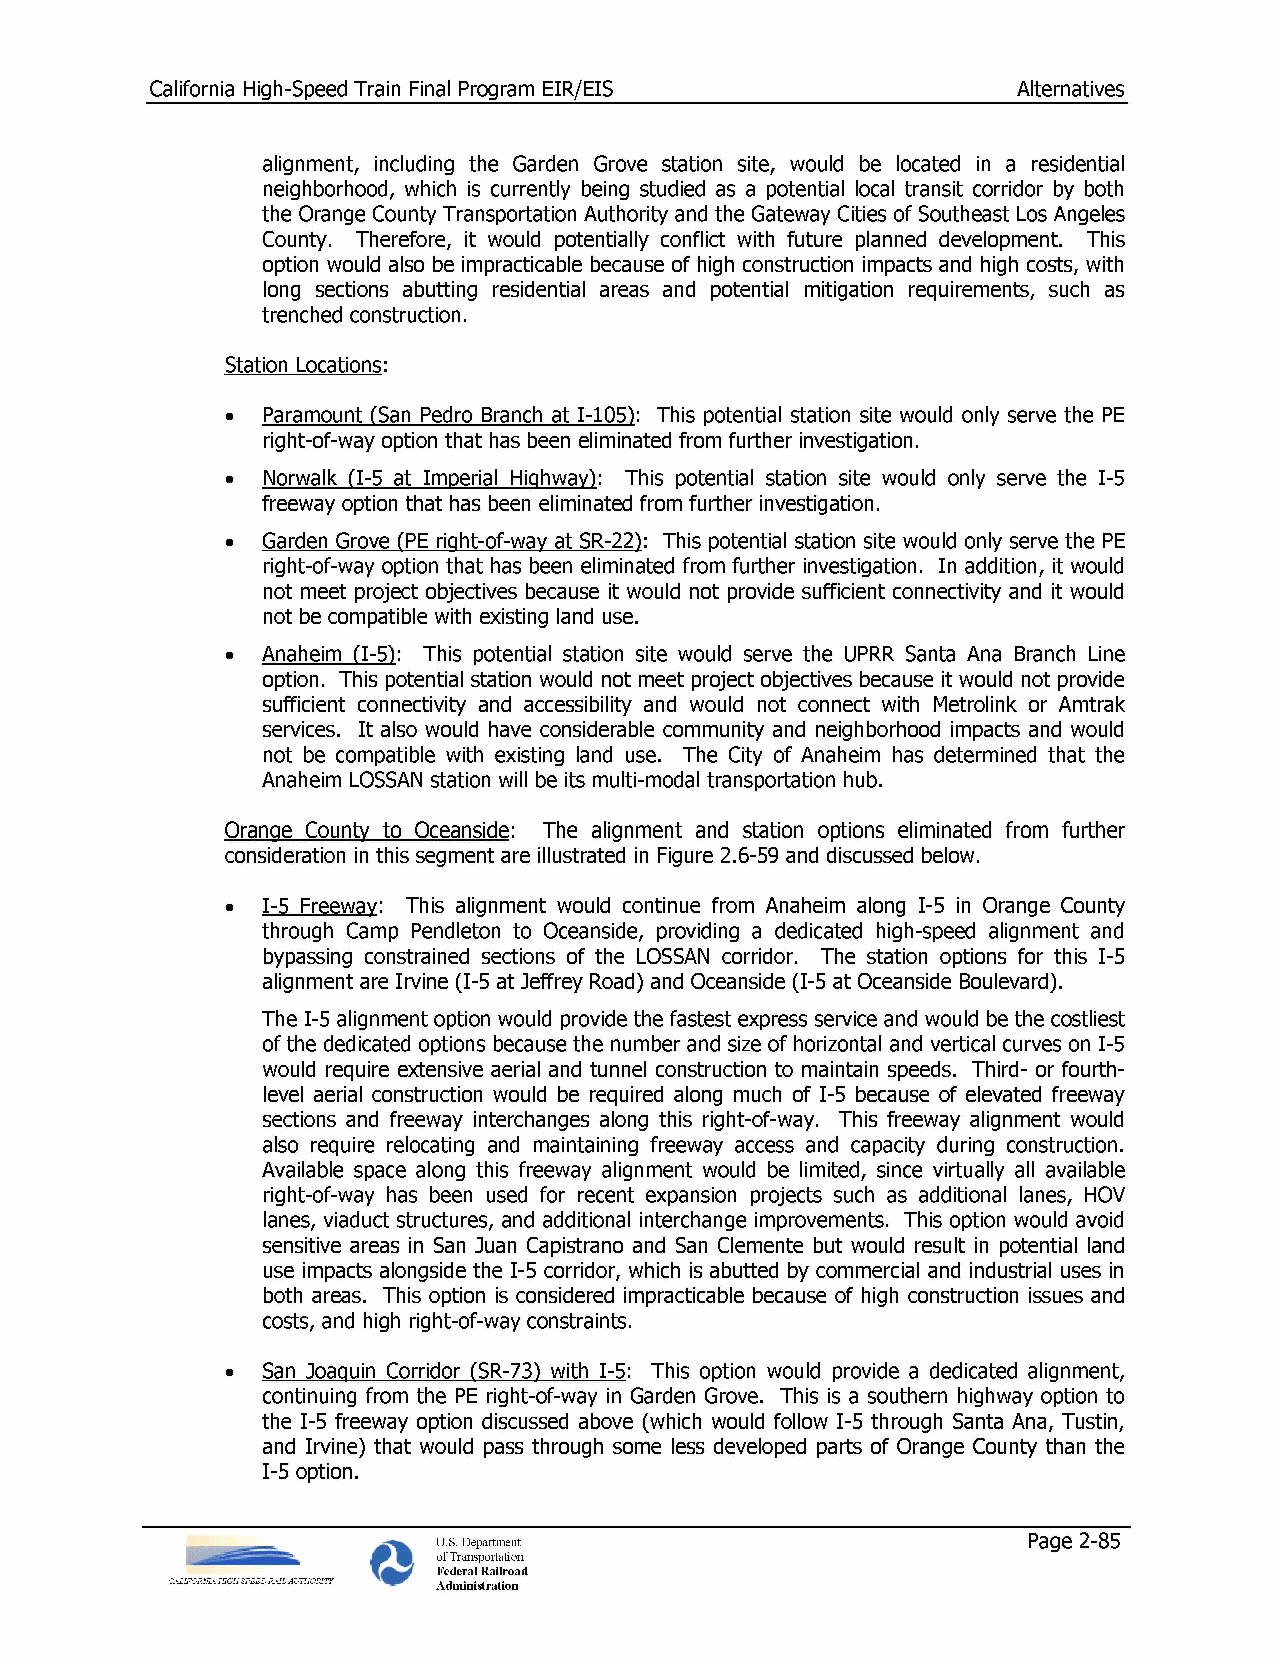
California High-Speed Train Final Program EIR/EIS        Alternatives
 alignment, including the Garden Grove station site, would be located in a residential
 neighborhood, which is currently being studied as a potential local transit corridor by both
 the Orange County Transportation Authority and the Gateway Cities of Southeast Los Angeles
 County. Therefore, it would potentially conflict with future planned development. This
 option would also be impracticable because of high construction impacts and high costs, with
 long sections abutting residential areas and potential mitigation requirements, such as
 trenched construction.
 Station Locations:
 • Paramount (San Pedro Branch at I-105): This potential station site would only serve the PE
 right-of-way option that has been eliminated from further investigation.
 • Norwalk (I-5 at Imperial Highway): This potential station site would only serve the I-5
 freeway option that has been eliminated from further investigation.
 • Garden Grove (PE right-of-way at SR-22): This potential station site would only serve the PE
 right-of-way option that has been eliminated from further investigation. In addition, it would
 not meet project objectives because it would not provide sufficient connectivity and it would
 not be compatible with existing land use.
 • Anaheim (I-5): This potential station site would serve the UPRR Santa Ana Branch Line
 option. This potential station would not meet project objectives because it would not provide
 sufficient connectivity and accessibility and would not connect with Metrolink or Amtrak
 services. It also would have considerable community and neighborhood impacts and would
 not be compatible with existing land use. The City of Anaheim has determined that the
 Anaheim LOSSAN station will be its multi-modal transportation hub.
 Orange County to Oceanside: The alignment and station options eliminated from further
 consideration in this segment are illustrated in Figure 2.6-59 and discussed below.
 • I-5 Freeway: This alignment would continue from Anaheim along I-5 in Orange County
 through Camp Pendleton to Oceanside, providing a dedicated high-speed alignment and
 bypassing constrained sections of the LOSSAN corridor. The station options for this I-5
 alignment are Irvine (I-5 at Jeffrey Road) and Oceanside (I-5 at Oceanside Boulevard).
 The I-5 alignment option would provide the fastest express service and would be the costliest
 of the dedicated options because the number and size of horizontal and vertical curves on I-5
 would require extensive aerial and tunnel construction to maintain speeds. Third- or fourth­
 level aerial construction would be required along much of I-5 because of elevated freeway
 sections and freeway interchanges along this right-of-way. This freeway alignment would
 also require relocating and maintaining freeway access and capacity during construction.
 Available space along this freeway alignment would be limited, since virtually all available
 right-of-way has been used for recent expansion projects such as additional lanes, HOV
 lanes, viaduct structures, and additional interchange improvements. This option would avoid
 sensitive areas in San Juan Capistrano and San Clemente but would result in potential land
 use impacts alongside the 1-5 corridor, which is abutted by commercial and industrial uses in
 both areas. This option is considered impracticable because of high construction issues and
 costs, and high right-of-way constraints.
 • San Joaquin Corridor (SR-73) with I-5: This option would provide a dedicated alignment,
 continuing from the PE right-of-way in Garden Grove. This is a southern highway option to
 the I-5 freeway option discussed above (which would follow I-5 through Santa Ana, Tustin,
 and Irvine) that would pass through some less developed parts of Orange County than the
 I-5 option.
 U.S. Department                        Page 2-85
 of Transportation
 Federal Railroad
 Administration